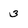
Character: 3